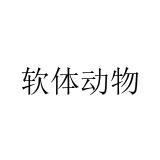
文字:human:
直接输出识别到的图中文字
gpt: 软体动物